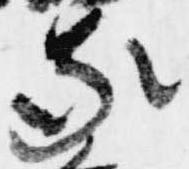
家